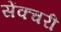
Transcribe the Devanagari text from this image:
सेंक्चरी